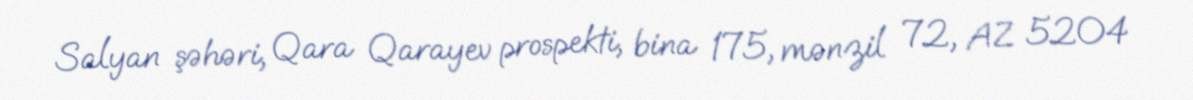
Salyan şəhəri, Qara Qarayev prospekti, bina 175, mənzil 72, AZ 5204